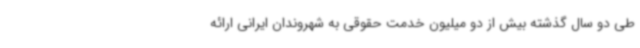
طی دو سال گذشته بیش از دو میلیون خدمت حقوقی به شهروندان ایرانی ارائه